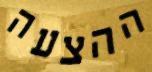
ההצעה